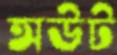
অউট